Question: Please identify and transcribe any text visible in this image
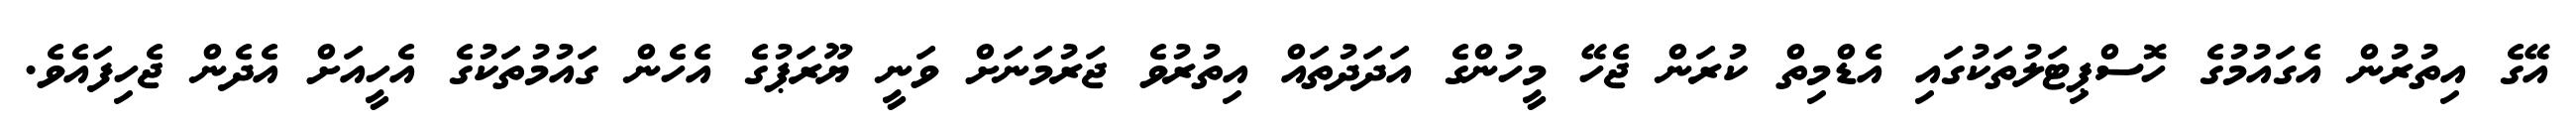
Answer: އޭގެ އިތުރުން އެގައުމުގެ ހޮސްޕިޓަލުތަކުގައި އެޑްމިތް ކުރަން ޖެހޭ މީހުންގެ އަދަދުތައް އިތުރުވެ ޖަރުމަނަށް ވަނީ ޔޫރަޕުގެ އެހެން ގައުމުތަކުގެ އެހީއަށް އެދެން ޖެހިފައެވެ.